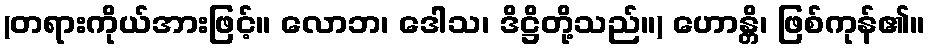
(တရားကိုယ်အားဖြင့်။ လောဘ၊ ဒေါသ၊ ဒိဋ္ဌိတို့သည်။) ဟောန္တိ၊ ဖြစ်ကုန်၏။